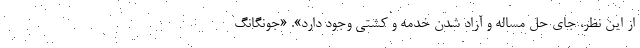
از این نظر، جای حل مساله و آزاد شدن خدمه و کشتی وجود دارد». «جونگانگ